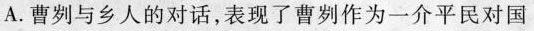
A. 曹刿与乡人的对话，表现了曹刿作为一介平民对国